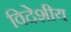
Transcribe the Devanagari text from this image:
विदेशीय